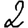
Digit: 2